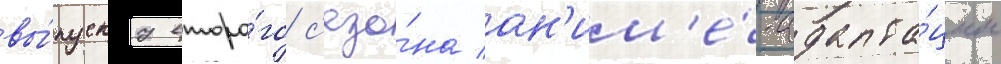
вы́пуску второ́го с'езо́на ан'им'е́-адапта́ции